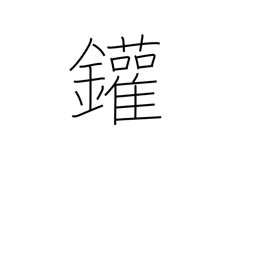
Meaning: steam boiler